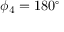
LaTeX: \phi _ { 4 } = 1 8 0 ^ { \circ }